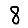
Digit: 8